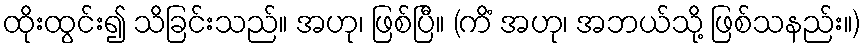
ထိုးထွင်း၍ သိခြင်းသည်။ အဟု၊ ဖြစ်ပြီ။ (ကိံ အဟု၊ အဘယ်သို့ ဖြစ်သနည်း။)